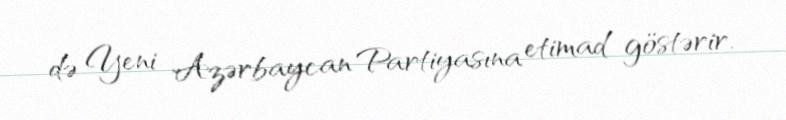
də Yeni Azərbaycan Partiyasına etimad göstərir.